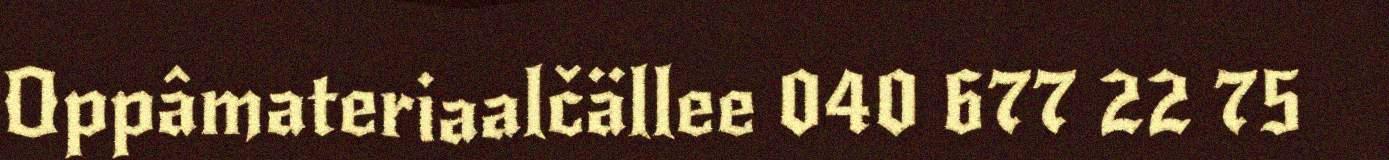
Oppâmateriaalčällee 040 677 22 75